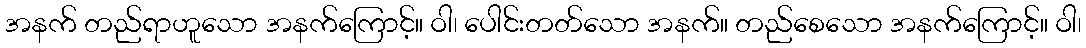
အနက် တည်ရာဟူသော အနက်ကြောင့်။ ဝါ၊ ပေါင်းတတ်သော အနက်။ တည်စေသော အနက်ကြောင့်။ ဝါ၊